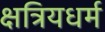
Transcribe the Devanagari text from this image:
क्षत्रियधर्म